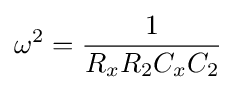
\omega ^{2}={1 \over R_{x}R_{2}C_{x}C_{2}}